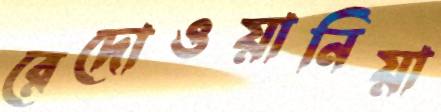
রেদোওয়ানিয়া